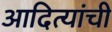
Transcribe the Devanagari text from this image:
आदित्यांची